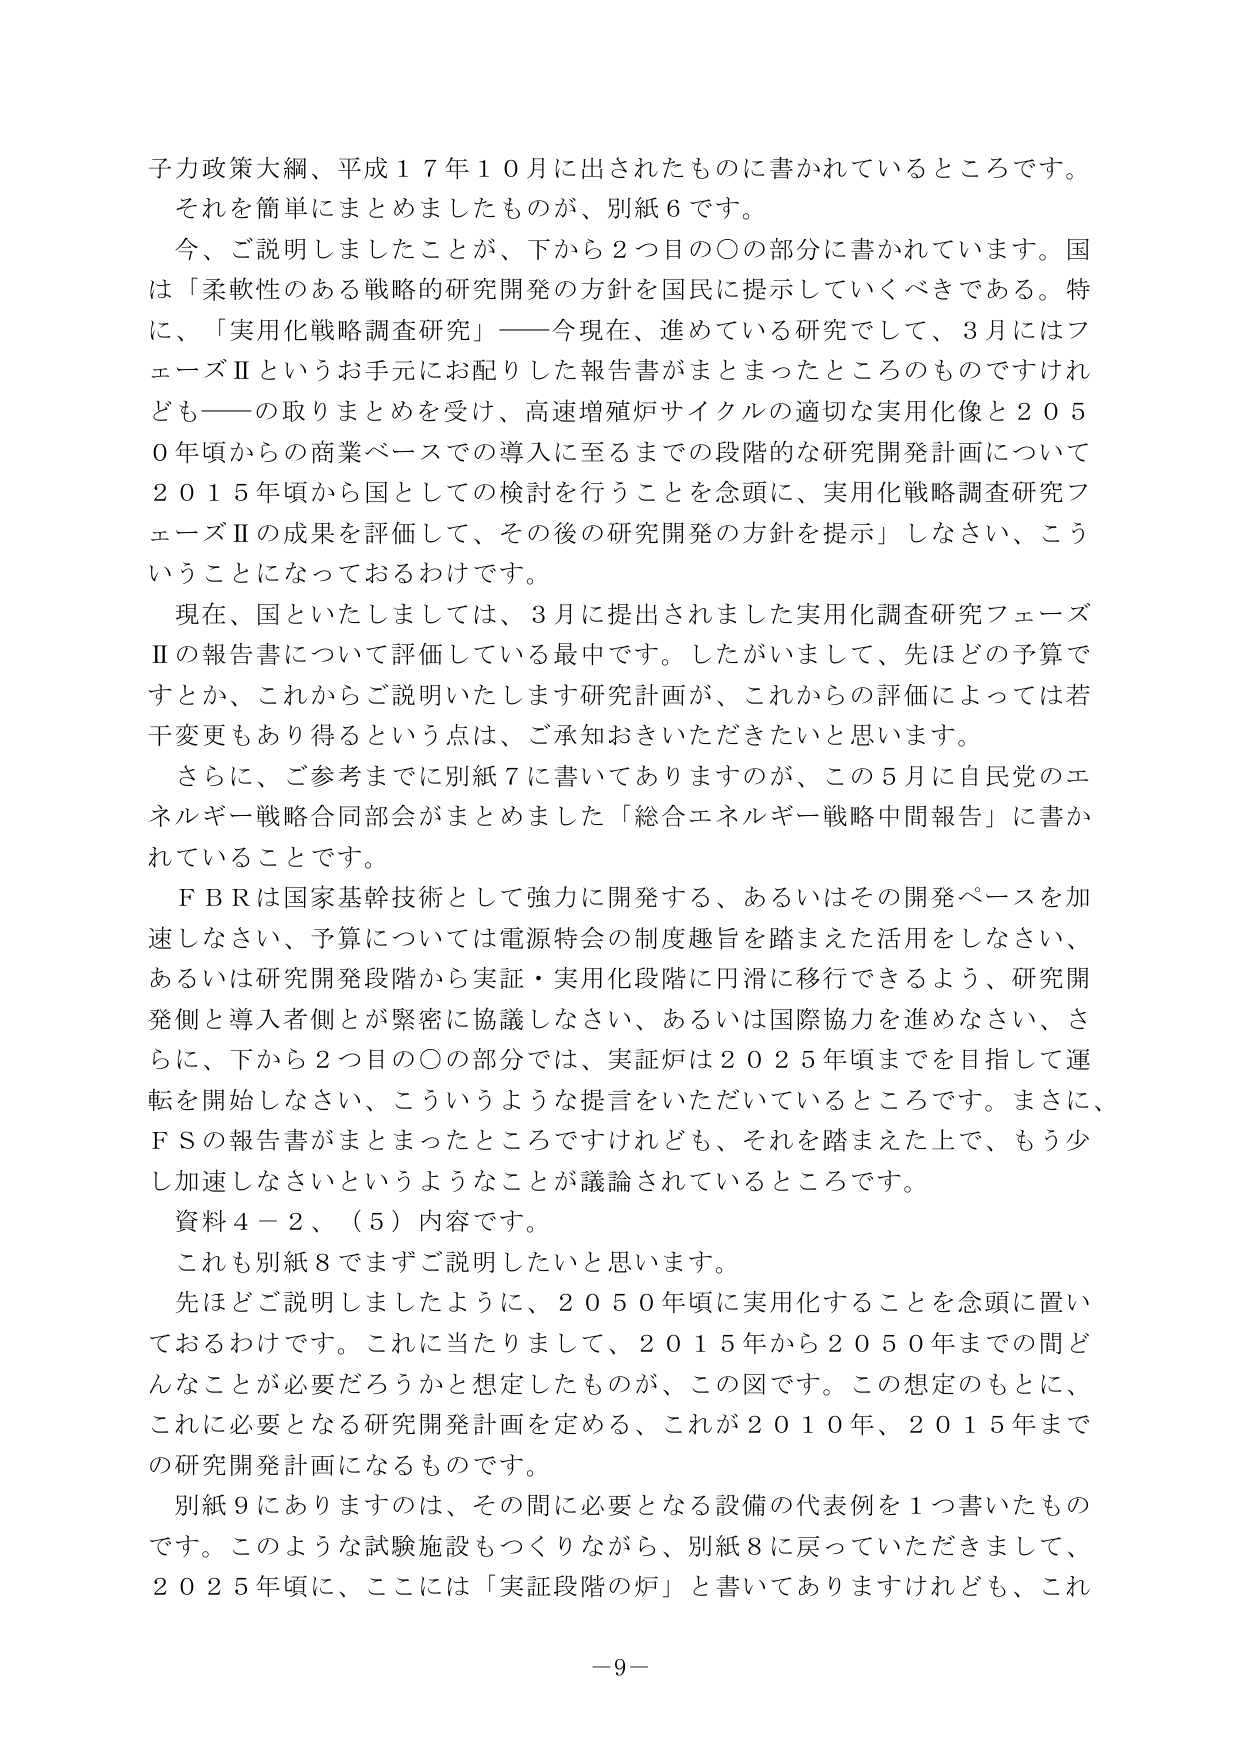
子力政策大綱、平成１７年１０月に出されたものに書かれているところです。
それを簡単にまとめましたものが、別紙６です。
今、ご説明しましたことが、下から２つ目の〇の部分に書かれています。国は「柔軟性のある戦略的研究開発の方針を国民に提示していくべきである。特に、「実用化戦略調査研究」――今現在、進めている研究として、３月にはフェーズⅡというお手元にお配りした報告書がまとまったところのものですけれども――の取りまとめを受け、高速増殖炉サイクルの適切な実用化像と２０５０年頃からの商業ベースでの導入に至るまでの段階的な研究開発計画について２０１５年頃から国としての検討を行うことを念頭に、実用化戦略調査研究フェーズⅡの成果を評価して、その後の研究開発の方針を提示」しなさい、こういうことになっておるわけです。
現在、国といたしましては、３月に提出されました実用化調査研究フェーズⅡの報告書について評価している最中です。したがいまして、先ほどの予算ですとか、これからご説明いたします研究計画が、これからの評価によっては若干変更もあり得るという点は、ご承知おきいただきたいと思います。
さらに、ご参考までに別紙７に書いてありますのが、この５月に自民党のエネルギー戦略合同部会がまとめました「総合エネルギー戦略中間報告」に書かれていることです。
ＦＢＲは国家基幹技術として強力に開発する、あるいはその開発ペースを加速しなさい、予算については電源特会の制度趣旨を踏まえた活用をしなさい、あるいは研究開発段階から実証・実用化段階に円滑に移行できるよう、研究開発側と導入者側とが緊密に協議しなさい、あるいは国際協力を進めなさい、さらに、下から２つ目の〇の部分では、実証炉は２０２５年頃までを目指して運転を開始しなさい、こういうような提言をいただいているところです。まさに、ＦＳの報告書がまとまったところですけれども、それを踏まえた上で、もう少し加速しなさいというようなことが議論されているところです。
資料４－２、（５）内容です。
これも別紙８でまずご説明したいと思います。
先ほどご説明しましたように、２０５０年頃に実用化することを念頭に置いておるわけです。これに当たりまして、２０１５年から２０５０年までの間どんなことが必要だろうかと想定したものが、この図です。この想定のもとに、これに必要となる研究開発計画を定める、これが２０１０年、２０１５年までの研究開発計画になるものです。
別紙９にありますのは、その間に必要となる設備の代表例を１つ書いたものです。このような試験施設もつくりながら、別紙８に戻っていただきまして、２０２５年頃に、ここには「実証段階の炉」と書いてありますけれども、これ
－９－